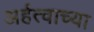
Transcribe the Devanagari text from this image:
अर्हत्वाच्या